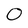
Character: O